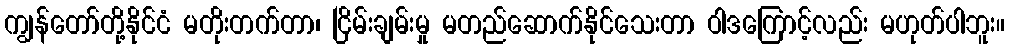
ကျွန်တော်တို့နိုင်ငံ မတိုးတက်တာ၊ ငြိမ်းချမ်းမှု မတည်ဆောက်နိုင်သေးတာ ဝါဒကြောင့်လည်း မဟုတ်ပါဘူး။